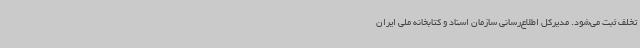
تخلف ثبت می‌شود. مدیرکل اطلاع‌رسانی سازمان اسناد و کتابخانه ملی ایران